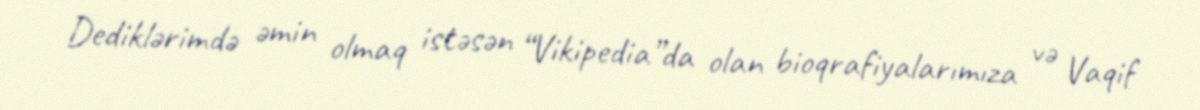
Dediklərimdə əmin olmaq istəsən “Vikipedia”da olan bioqrafiyalarımıza və Vaqif